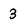
Character: 3